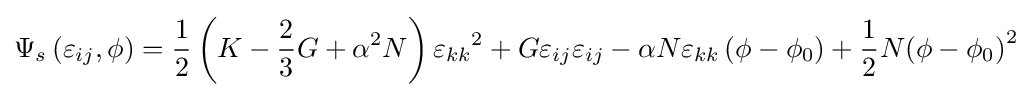
{\Psi _{s}}\left({{\varepsilon _{ij}},\phi }\right)={\frac {1}{2}}\left({K-{\frac {2}{3}}G+{\alpha ^{2}}N}\right){\varepsilon _{kk}}^{2}+G{\varepsilon _{ij}}{\varepsilon _{ij}}-\alpha N{\varepsilon _{kk}}\left({\phi -{\phi _{0}}}\right)+{\frac {1}{2}}N{\left({\phi -{\phi _{0}}}\right)^{2}}